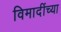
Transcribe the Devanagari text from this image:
विमादींच्या